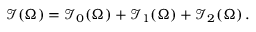
\mathcal { I } ( \Omega ) = \mathcal { I } _ { 0 } ( \Omega ) + \mathcal { I } _ { 1 } ( \Omega ) + \mathcal { I } _ { 2 } ( \Omega ) \, .